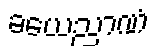
ခယေညာဏံ